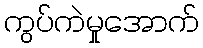
ကွပ်ကဲမှုအောက်